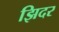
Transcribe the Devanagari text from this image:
झिदर